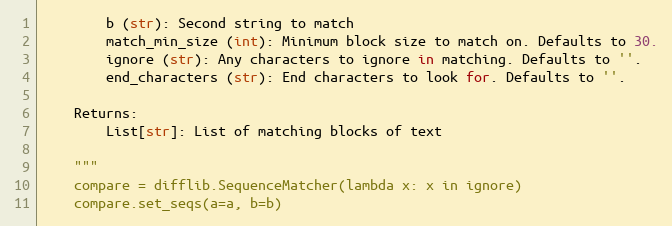
Language: Python
        b (str): Second string to match
        match_min_size (int): Minimum block size to match on. Defaults to 30.
        ignore (str): Any characters to ignore in matching. Defaults to ''.
        end_characters (str): End characters to look for. Defaults to ''.

    Returns:
        List[str]: List of matching blocks of text

    """
    compare = difflib.SequenceMatcher(lambda x: x in ignore)
    compare.set_seqs(a=a, b=b)